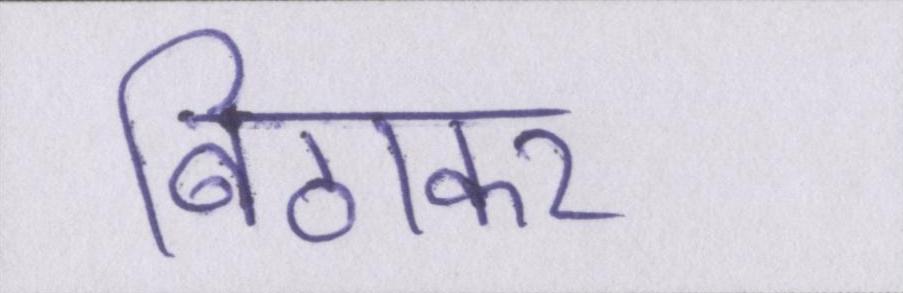
बिठाकर